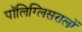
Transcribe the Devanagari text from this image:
पॉलिग्लिसरालों